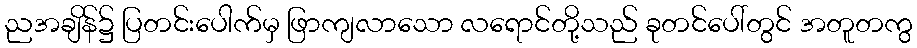
ညအချိန်၌ ပြတင်းပေါက်မှ ဖြာကျလာသော လရောင်တို့သည် ခုတင်ပေါ်တွင် အတူတကွ